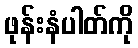
ဖုန်းနံပါတ်ကို